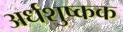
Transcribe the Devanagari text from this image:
अर्धशुष्कक